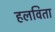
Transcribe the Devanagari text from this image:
हलविता